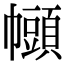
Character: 𫷒